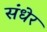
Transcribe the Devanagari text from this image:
संधेर